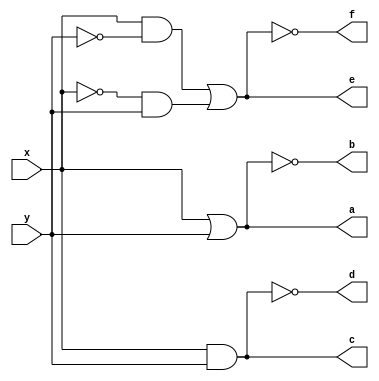
module rep1(x,y,a,b,c,d,e,f);
	input x,y;
	output a,b,c,d,e,f;
	assign a =  x | y;
	assign b = 	~a;
	assign c =  x & y;
	assign d =  ~c;
	assign e = (x&~y)|(~x&y);
	assign f = ~e;
endmodule